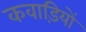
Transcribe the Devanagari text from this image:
कवाड़ियों